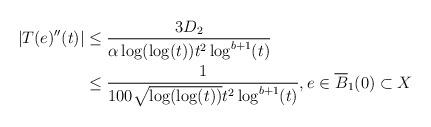
LaTeX: \begin{align*} |T(e)''(t)| &\leq \frac{3 D_{2}}{\alpha \log(\log(t))t^{2}\log^{b+1}(t)}\\&\leq \frac{1}{100 \sqrt{\log(\log(t))} t^{2}\log^{b+1}(t)}, e \in \overline{B}_{1}(0) \subset X\end{align*}